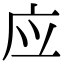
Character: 应